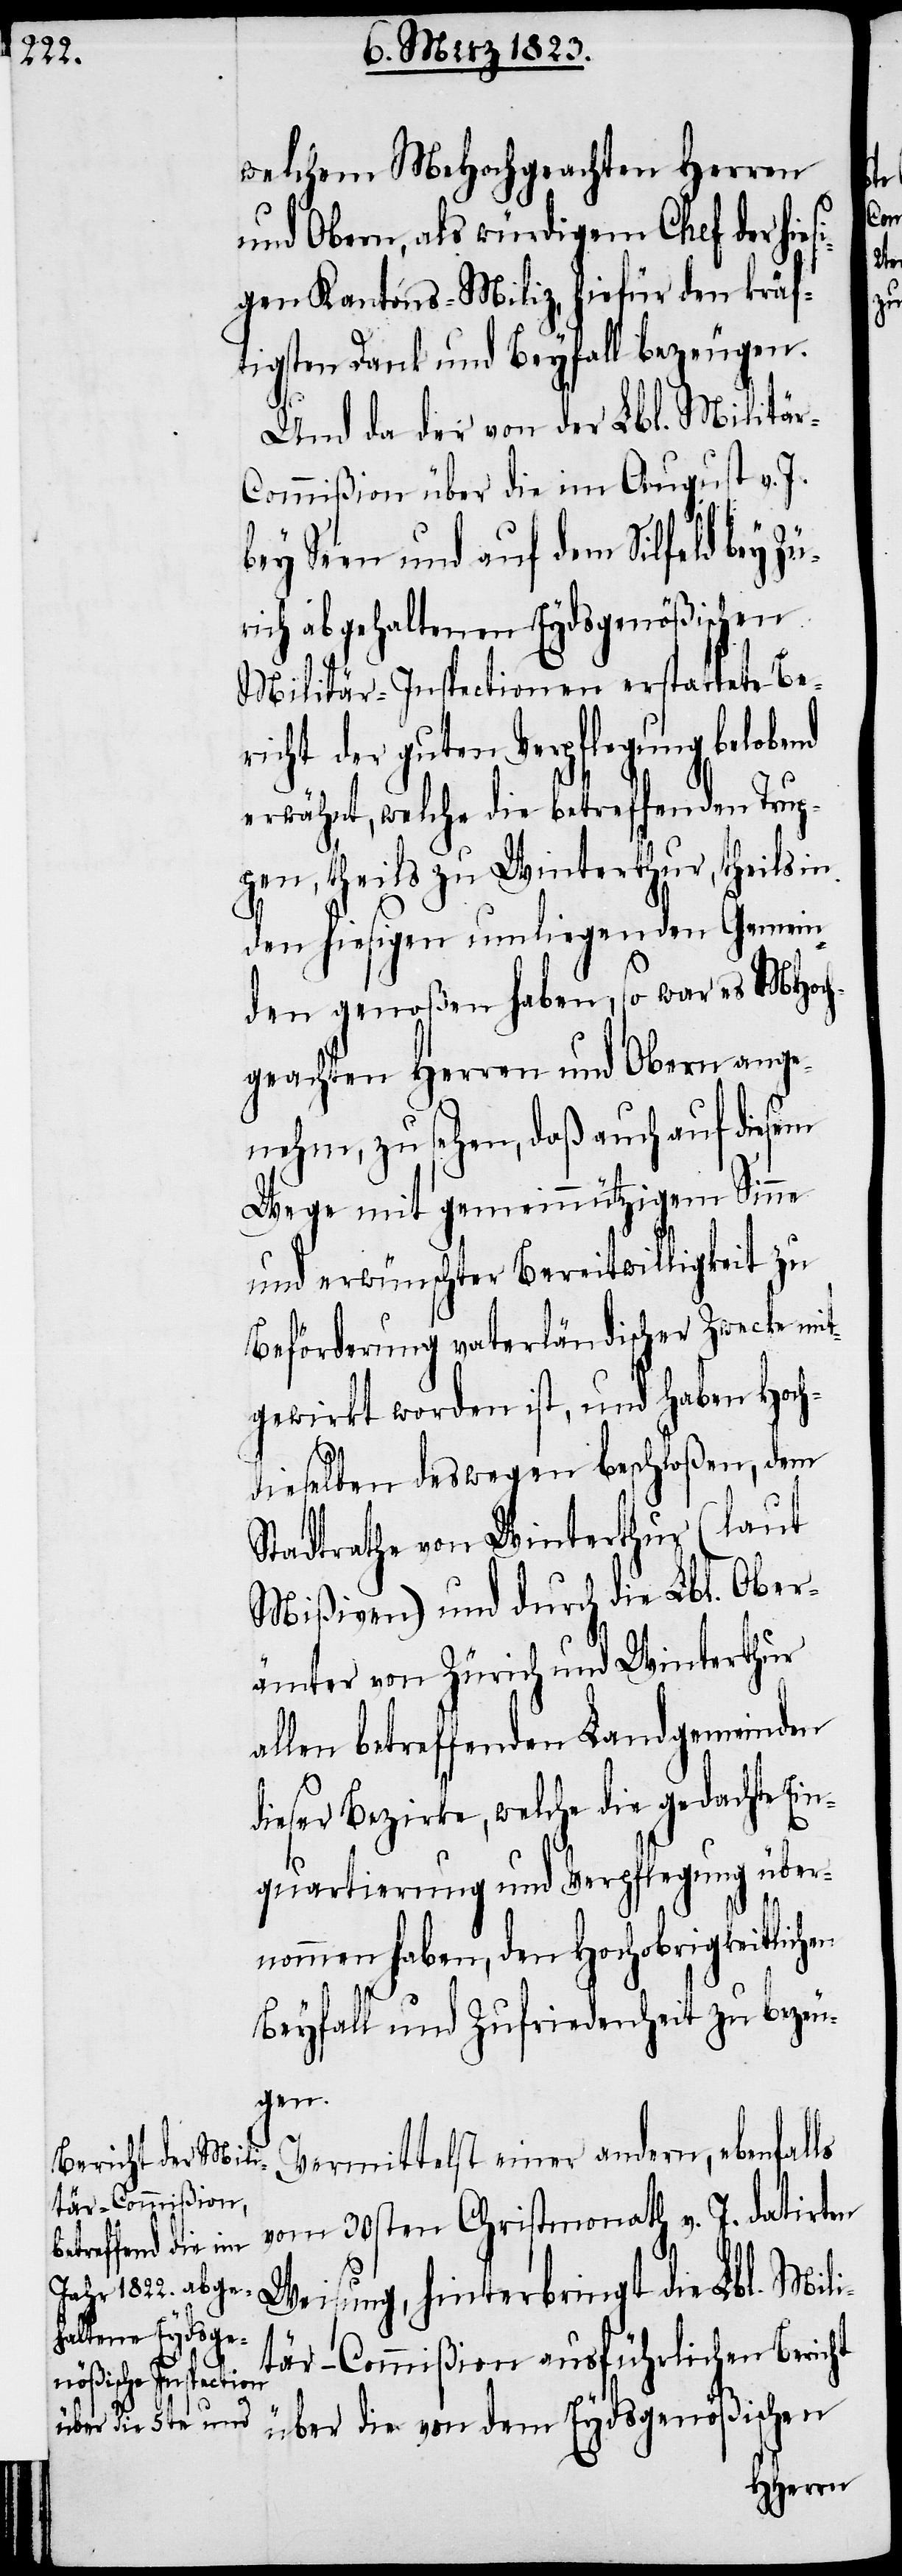
welchem MeHochgeachten Herrn
und Obern, als würdigem Chef der hies¬
igen Kantons-Miliz, hiefür den kräf¬
tigsten Dank und Beyfall bezeugen.
Und da der von der Lbl. Militä¬
ommißion über die im August v. J.
bey Seen und auf dem Sihlfeld bey
rich abgehaltenen Eydsgenößischen
Milität-Inspectionen erstattete Be¬
richt der guten Verpflegung belobend
erwähnt, welche die betreffenden Trup¬
pen, theils zu Winterthur, theils in
den hiesigen umliegenden Gemein¬
den genoßen haben, so war es MHoch¬
geachten Herren und Obern ange¬
nehm, zu sehen, daß auch auf diesem
Wege mit gemeinnützigem Sinne
und erwünschter Bereitwilligkeit zu
Beförderung vaterländischer Zwecke mit¬
gewirkt worden ist, und haben Hoch¬
dieselben deswegen beschloßen, dem
Stadtrathe von Winterthur (laut
Mißiven) und durch die Lbl. Ober¬
ämter von Zürich und Winterthur
allen betreffenden Landgemeinden
dieser Bezirke, welche die gedachte Ei¬
nquartierung und Verpflegung über¬
nommen haben, den Hochobrigkeitlichen
Beyfall und Zufriedenheit zu bezeu¬
gen.
Vermittelst einer andern, ebenfalls
vom 30sten Christmonath v. J. datirten
Weisung, hinterbringt die Lbl. Mili¬
tär-Commißion ausführlichen Bericht
über die von dem Eydsgenößischen

Zü¬